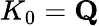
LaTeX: K_{0}=\mathbf{Q}